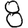
Digit: 8